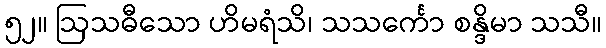
၅၂။ ဩသဓီသော ဟိမရံသိ၊ သသင်္ကော စန္ဒိမာ သသီ။